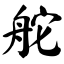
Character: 舵